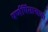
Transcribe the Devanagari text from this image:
पर्णपिसाऱ्याचा